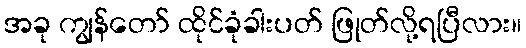
အခု ကျွန်တော် ထိုင်ခုံခါးပတ် ဖြုတ်လို့ရပြီလား။